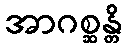
အာဂစ္ဆန္တိ